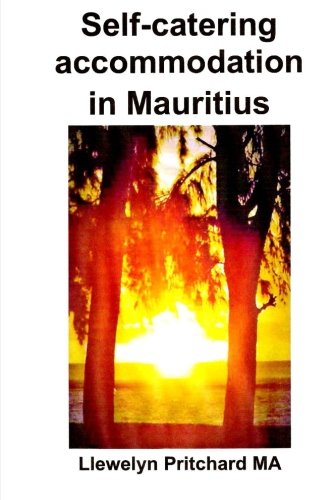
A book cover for Self-catering accommodation in Mauritius (Travel Handbooks); Llewelyn Pritchard MA; Travel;